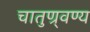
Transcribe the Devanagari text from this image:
चातुण्र्वण्य